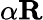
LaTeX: \alpha\mathbf{R}